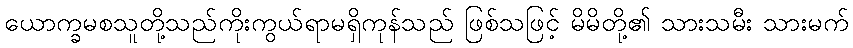
ယောက္ခမစသူတို့သည်ကိုးကွယ်ရာမရှိကုန်သည် ဖြစ်သဖြင့် မိမိတို့၏ သားသမီး သားမက်